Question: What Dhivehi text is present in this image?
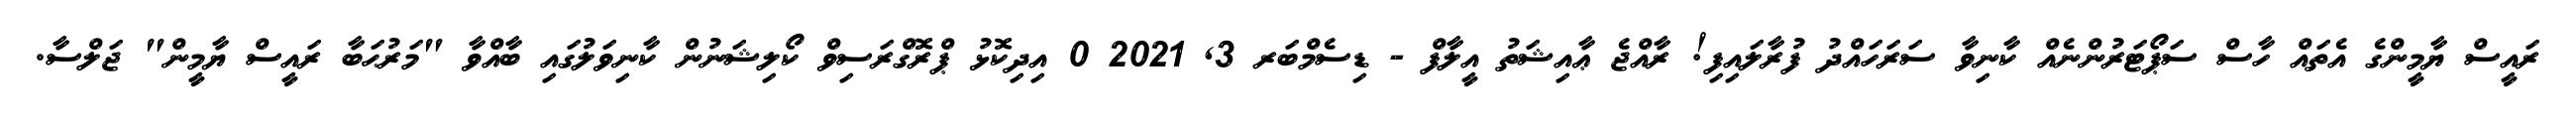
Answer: ރައީސް ޔާމީންގެ އެތައް ހާސް ސަޕޯޓަރުންނެއް ކާނިވާ ސަރަހައްދު ފުރާލައިފި! ރާއްޖެ ޢާއިޝަތު އީލާފް - ޑިސެމްބަރ 3, 2021 0 އިދިކޮޅު ޕްރޮގްރަސިވް ކޯލިޝަނުން ކާނިވަލުގައި ބާއްވާ "މަރުޙަބާ ރައީސް ޔާމީން" ޖަލްސާ.